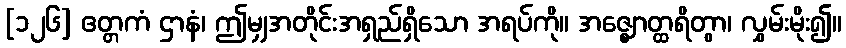
[၁၂၆] ဧတ္တကံ ဌာနံ၊ ဤမျှအတိုင်းအရှည်ရှိသော အရပ်ကို။ အဇ္ဈောတ္ထရိတွာ၊ လွှမ်းမိုး၍။